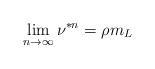
LaTeX: \begin{align*}\lim_{n\to\infty}\nu^{\ast n}=\rho m_L\end{align*}